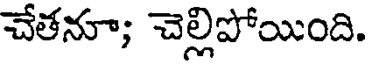
చేతనూ; చెల్లిపోయింది.